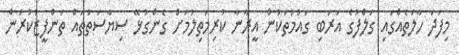
މިފަދަ ހާލަތެއްގައި ގަލްފުގެ އަރަބި ގައުމުތަކުން އީރާނާ ކުރިމަތިލުމަށް ގެންގުޅޭ ސިޔާސަތުތައް ތަންފީޒުކުރަން